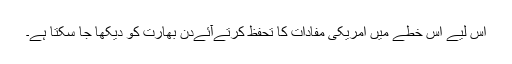
اس لیے اس خطے میں امریکی مفادات کا تحفظ کرتےآئےدن بھارت کو دیکھا جا سکتا ہے۔